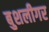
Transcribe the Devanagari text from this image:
बुशलीगर